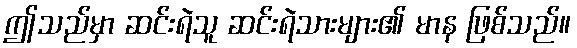
ဤသည်မှာ ဆင်းရဲသူ ဆင်းရဲသားများ၏ မာန ဖြစ်သည်။